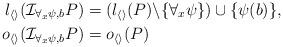
LaTeX: \begin{align*} l_{\langle\rangle}(\mathcal I_{\forall_x\psi,b}P)&=(l_{\langle\rangle}(P)\backslash\{\forall_x\psi\})\cup\{\psi(b)\},\\ o_{\langle\rangle}(\mathcal I_{\forall_x\psi,b}P)&=o_{\langle\rangle}(P)\end{align*}